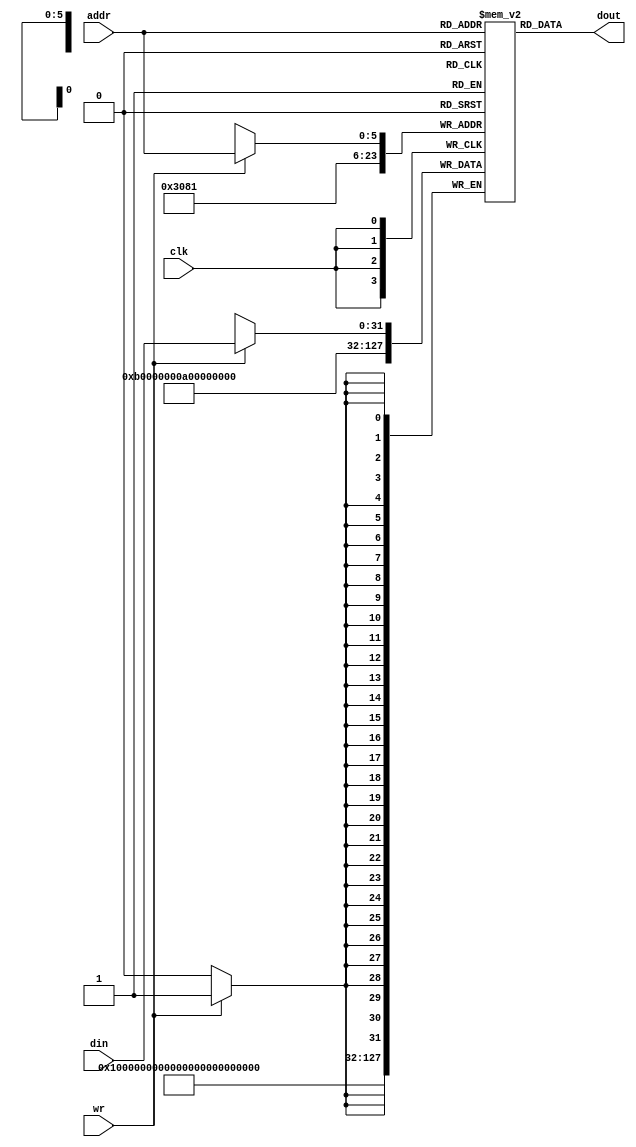
`timescale 1 ns/10 ps  // time-unit = 1 ns, precision = 10 ps
module dmem (clk, wr, addr, din, dout);
	input clk;
	input  wr;
	input  [5:0] addr;
	input  [31:0] din;	
	output [31:0] dout; 
  reg [31:0] rb [0:63]; // 64 rows of 32-bits

	always @(posedge clk)begin
    if(clk) // go to state zero if rese
        if (wr)
        rb[addr] = din;
	rb[1]=32'h00000002;
	rb[2]=32'h0000000A;
	rb[3]=32'h0000000B;
	end
	
	assign dout = rb[addr];
	

endmodule